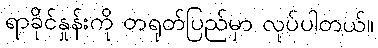
ရာခိုင်နှုန်းကို တရုတ်ပြည်မှာ လုပ်ပါတယ်။